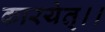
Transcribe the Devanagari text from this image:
कारयेत्।।